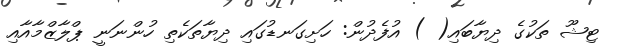
ޓިޝޫ ތަކުގެ ދިޔާބައި( ) އުފެދުން: ހަށިގަނޑުގައި ދިޔާތަކެތި ހުންނަނީ ޕްލާޒްމާއާއި